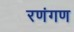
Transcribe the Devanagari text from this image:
रणंगण